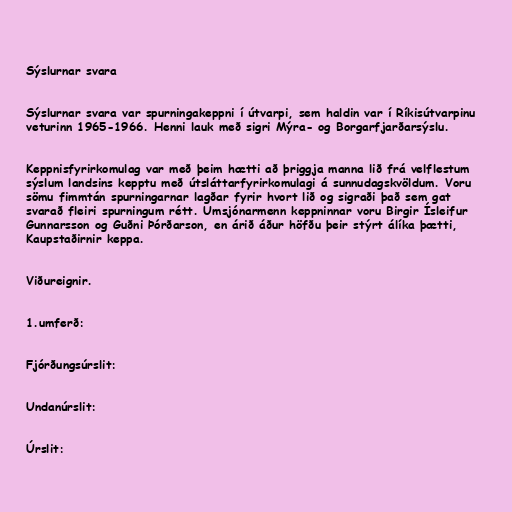
Sýslurnar svara

Sýslurnar svara var spurningakeppni í útvarpi, sem haldin var í Ríkisútvarpinu
veturinn 1965-1966. Henni lauk með sigri Mýra- og Borgarfjarðarsýslu.

Keppnisfyrirkomulag var með þeim hætti að þriggja manna lið frá velflestum
sýslum landsins kepptu með útsláttarfyrirkomulagi á sunnudagskvöldum. Voru
sömu fimmtán spurningarnar lagðar fyrir hvort lið og sigraði það sem gat
svarað fleiri spurningum rétt. Umsjónarmenn keppninnar voru Birgir Ísleifur
Gunnarsson og Guðni Þórðarson, en árið áður höfðu þeir stýrt álíka þætti,
Kaupstaðirnir keppa.

Viðureignir.

1.umferð:

Fjórðungsúrslit:

Undanúrslit:

Úrslit: